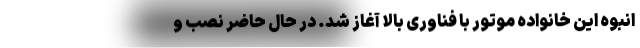
انبوه این خانواده موتور با فناوری بالا آغاز شد. در حال حاضر نصب و